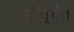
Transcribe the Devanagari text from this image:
बाँधूगी।